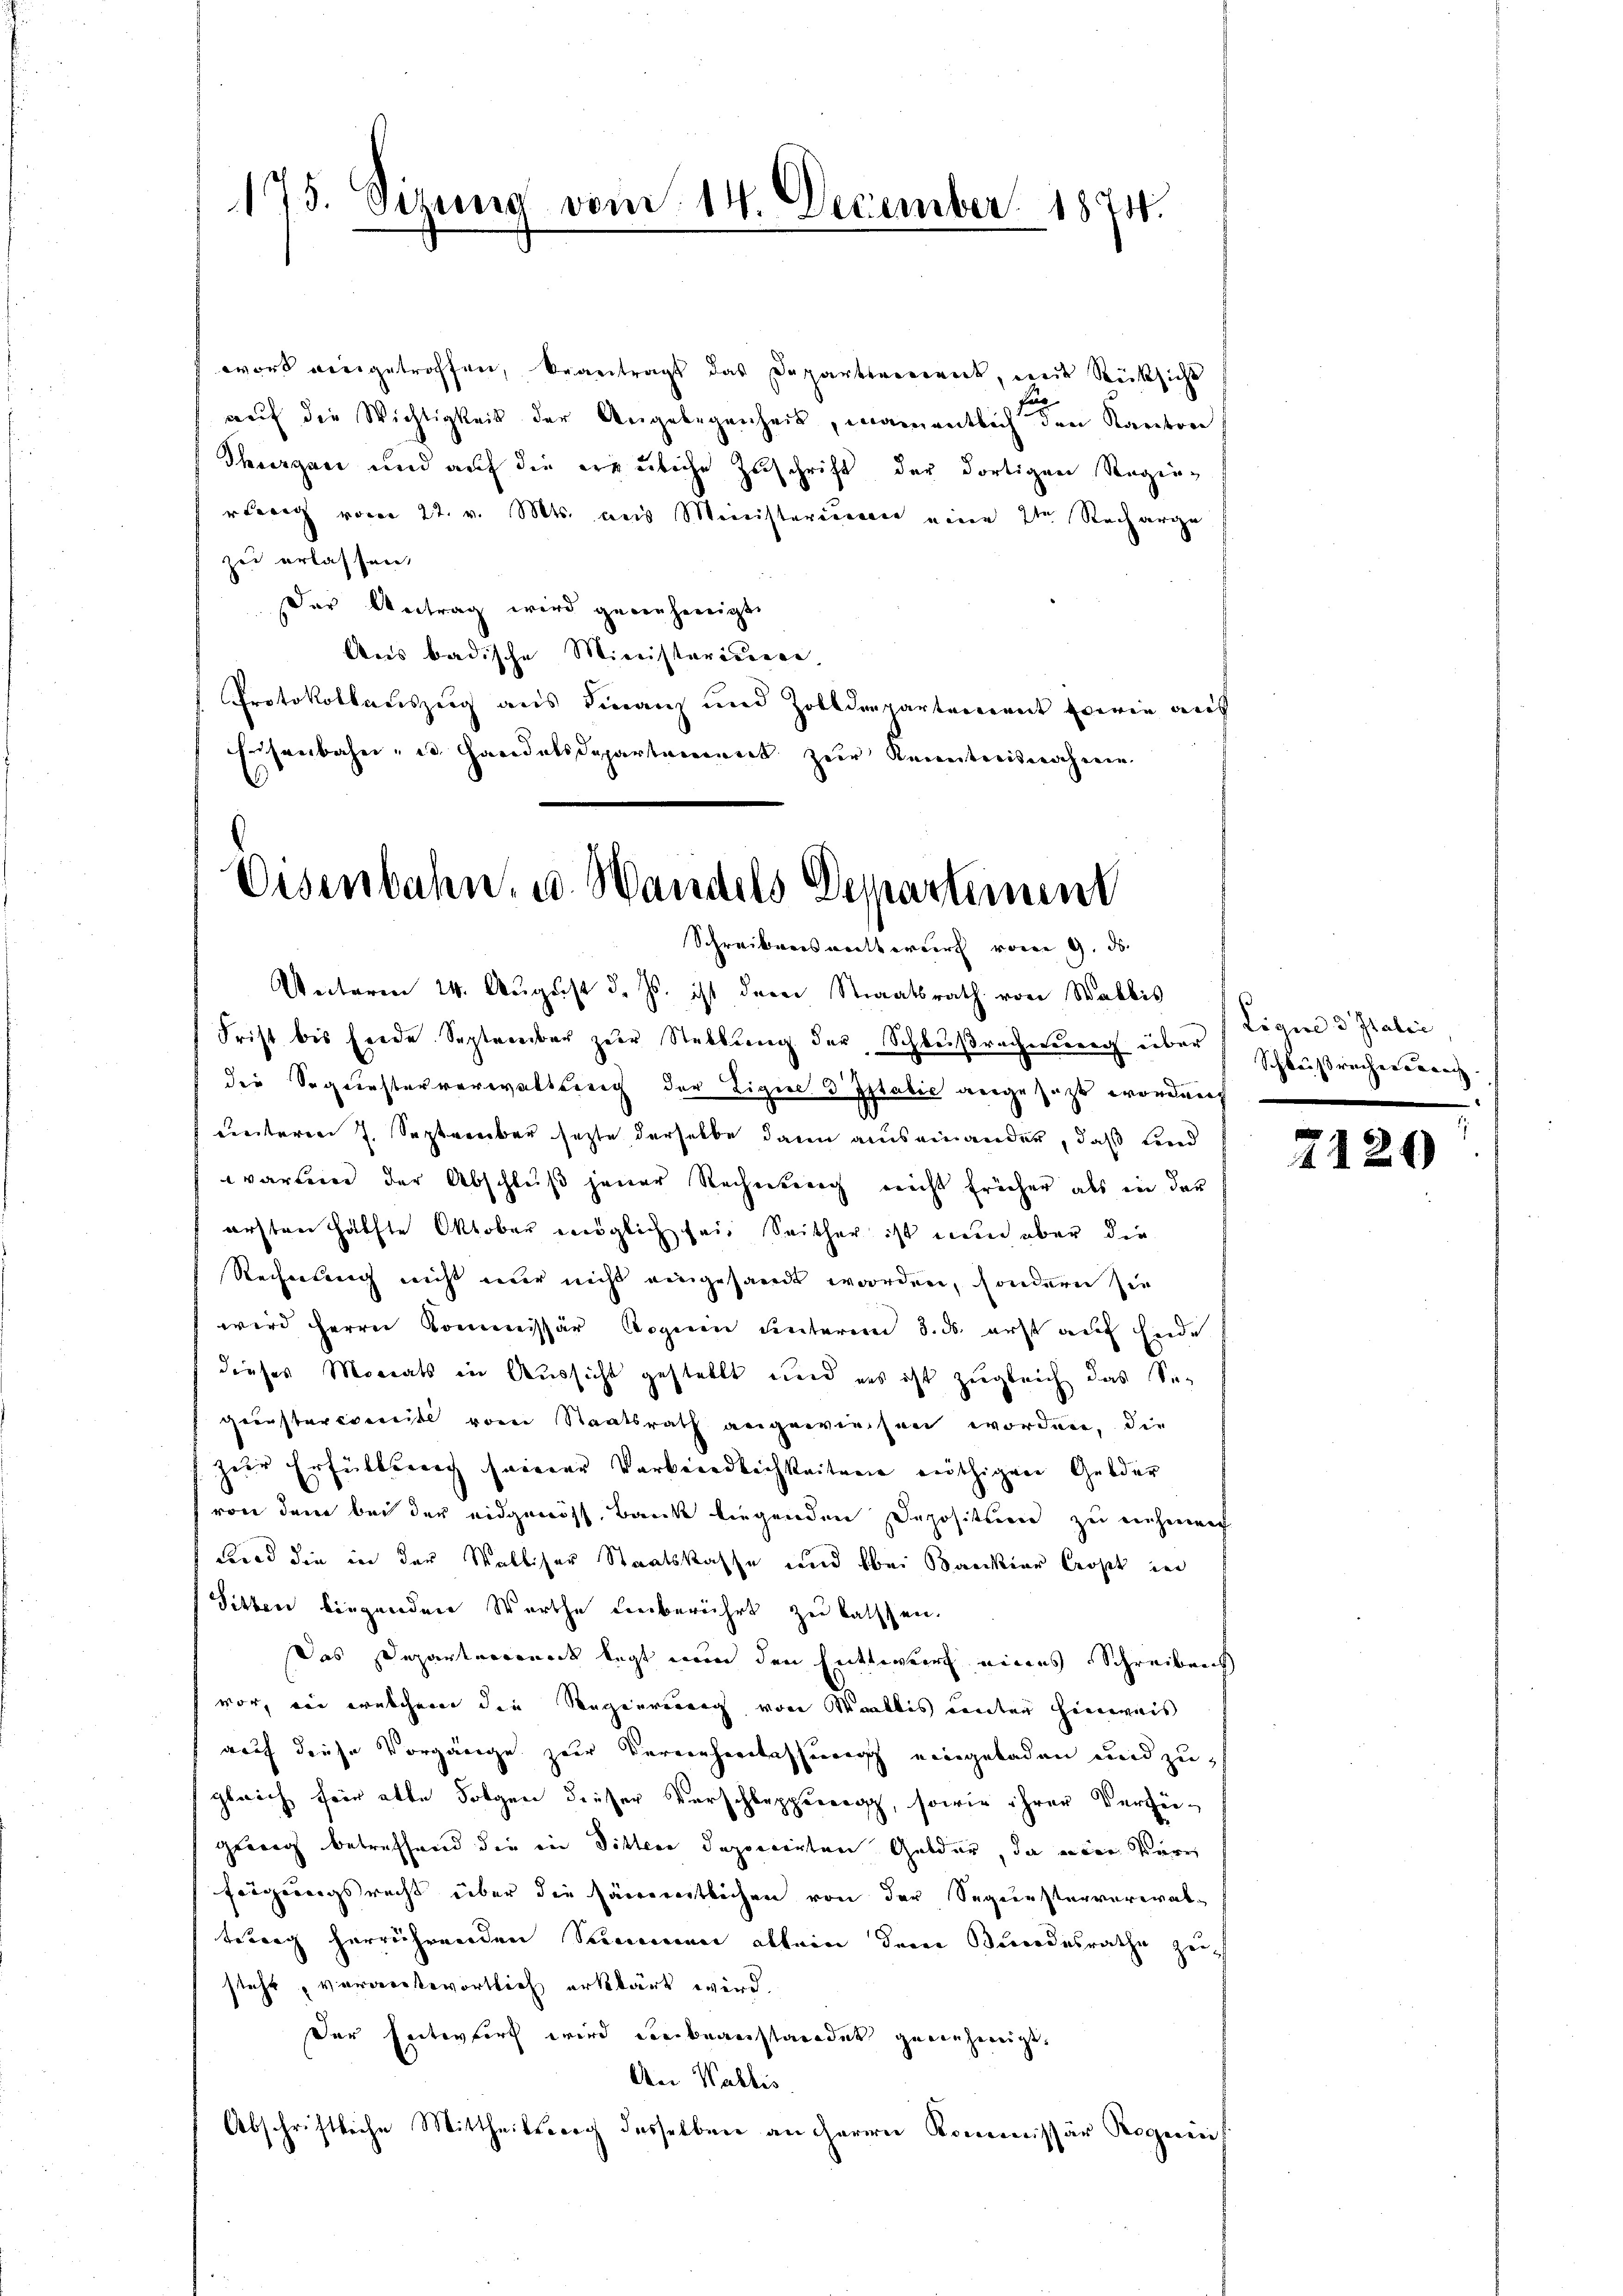
175. Sizung vom 14. December 1874.

wort eingetroffen, beantragt das Departirenant, mit Rücksicht
aŭf die Wichtigkeit der Angelegenheit, namentlich den Kanton
Thurgau und auf die ereuliche Zuschrift der dortigen Regin-
Berg vom 22. v. Mts. aus Ministerieren eine 2te Recharge
zu erlassen,
Der Antrag wird genehmigt.
Ans badische Ministerierege
Protokollauszug aus Finanz und Zolldepartement sowie auf
Eisenbahn- u. Haridalsdepartement zur Kenntnisnahmen

Eisenbahn, u. Handels Departement
Schreibensmutterirt von 9. ds.
Unteren 24. August d. Js. ist der Staatsrath von Wallis

Ligire d Italić,

Frist bis Ende September zur Stellung der Schlußrecherung über Schlußrechenren
die Sequesterverwaltung der Eigine 3 Italie angesezt worden,
keiteren 7. Septenbar setzte derselbe dann auseinander, daß land
warten der Abschluß jener Rechnung nicht früher als in der
arsten Hälfte Oktoben möglich sei. Seither ist nun aber die
Rechnung nicht nur nicht eingesandt worden, sondern sie
wird Herrn Kommissär Roguin unterem 3. ds. erst auf Ende
dieses Monats in Aussicht gestellt und uns ist zugleich das Segeönstervereite von Staatsrath angewiesen worden, die
zur Erfüllsreich seiner Verbindlichkeitung nöthigen Gelder
von dem bei der eidgenöss. Bank liegenden Depositum zu nehmen
Farad die in der Walliser Staatskasse und bei Bankier Cropt in
Sitten liegenden Werthe unberührt zu kassen.
Das Departement legt nun den Entwurf eines Schreibens
vor, von welchem die Regierung von Wallis unter Hinweis
auf diese Vorgänge zur Vernehmlassung eingebaden und zugleich für alle Folgen dieser Verschleppuregg, sowie ihrer Verfügeurig betreffend die in Sitter deponirten Gelder, da einen Karr
feigungsrecht über die sämmtlichen von der Segensterverwaltetung herrührenden Sommen allein dem Bundesrathe zeisteht, vorversterortlich erklärt wird.
Der Entwurf wird der beanstandet geringeneigt,
An Wallis.
Abschriftliche Mittheilsweg desselben an Herrn Kommissär Roguin

7120